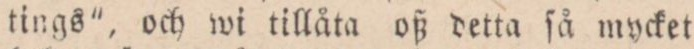
tings”, och wi tillåta oß detta ſå mycket